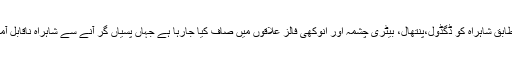
حکام کے مطابق شاہراہ کو ڈگڈول،پنتھال، بیٹری چشمہ اور انوکھی فالز علاقوں میں صاف کیا جارہا ہے جہاں پسیاں گر آنے سے شاہراہ ناقابل آمد ورفت ہے۔